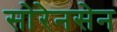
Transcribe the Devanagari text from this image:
सोरेनसेन